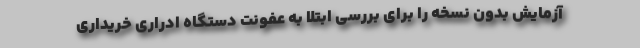
آزمایش بدون نسخه را برای بررسی ابتلا به عفونت دستگاه ادراری خریداری